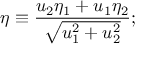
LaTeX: \eta \equiv { \frac { u _ { 2 } \eta _ { 1 } + u _ { 1 } \eta _ { 2 } } { \sqrt { u _ { 1 } ^ { 2 } + u _ { 2 } ^ { 2 } } } } ;